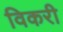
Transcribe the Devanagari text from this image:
विकरी